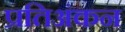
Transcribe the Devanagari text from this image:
प्रतिअंकन